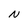
Character: N